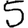
Digit: 5